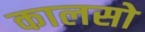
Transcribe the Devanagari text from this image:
कालसो